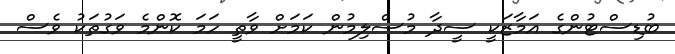
ބުޑިސްޓުންގެ އަމާޒަކީ ސީދާ މުސްލިމުން ކަމަށް ވާތީ ހަމަ ކޮންމެ ވަގުތަކު ވެސް